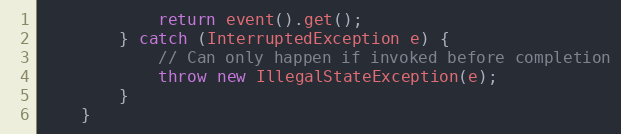
Language: Java
			return event().get();
		} catch (InterruptedException e) {
			// Can only happen if invoked before completion
			throw new IllegalStateException(e);
		}
	}